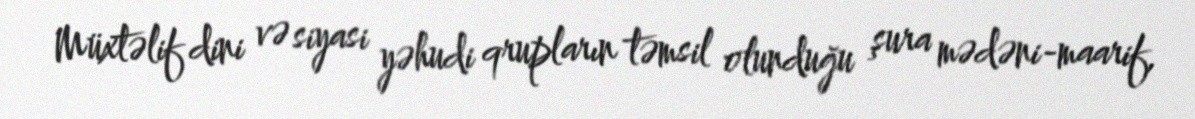
Müxtəlif dini və siyasi yəhudi qrupların təmsil olunduğu şura mədəni-maarif,